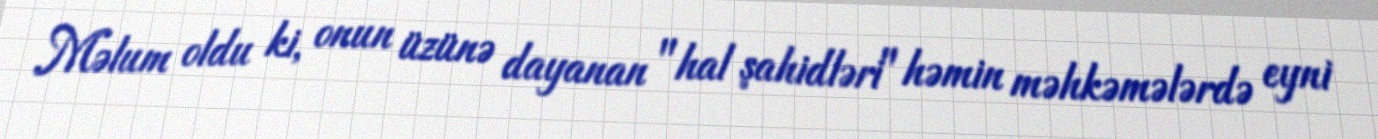
Məlum oldu ki, onun üzünə dayanan "hal şahidləri" həmin məhkəmələrdə eyni